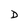
Character: D